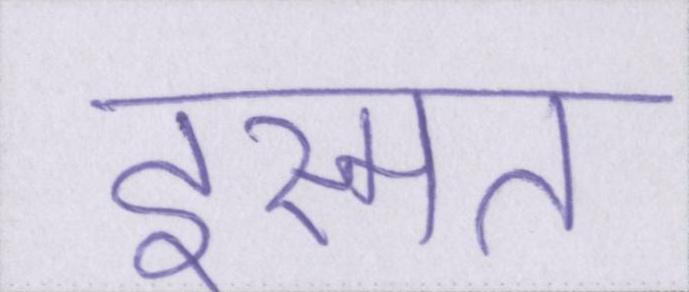
इस्मत